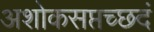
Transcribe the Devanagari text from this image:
अशोकसप्तच्छदं